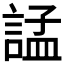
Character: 𧩌